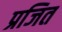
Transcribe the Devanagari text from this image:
प्रजित